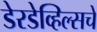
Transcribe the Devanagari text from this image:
डेरडेव्हिल्सचे